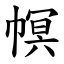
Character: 幎